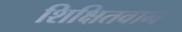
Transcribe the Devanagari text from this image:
शिक्षितवान